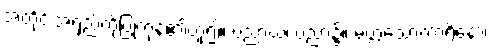
အတိုင်းအရှည်ကိုပြုကုန်၏ဟူ၍။ ပညာယ၊ ပညာ၌။ မတ္တသောကာရိနော၊